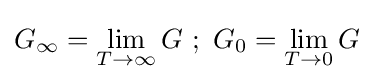
G_{\infty }=\lim _{T\to \infty }G\ ;\ G_{0}=\lim _{T\to 0}G\